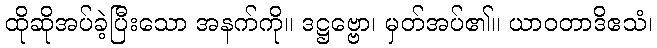
ထိုဆိုအပ်ခဲ့ပြီးသော အနက်ကို။ ဒဋ္ဌဗ္ဗော၊ မှတ်အပ်၏။ ယာဝတာဒိဧသံ၊